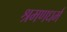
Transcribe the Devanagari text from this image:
श्रमणधर्म